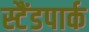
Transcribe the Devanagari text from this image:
स्टैंडपार्क